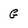
Character: g